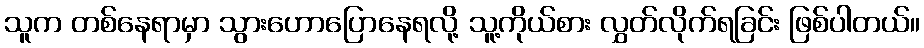
သူက တစ်နေရာမှာ သွားဟောပြောနေရလို့ သူ့ကိုယ်စား လွှတ်လိုက်ရခြင်း ဖြစ်ပါတယ်။